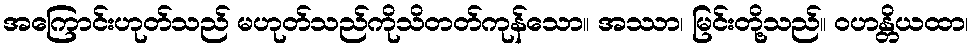
အကြောင်းဟုတ်သည် မဟုတ်သည်ကိုသိတတ်ကုန်သော။ အဿာ၊ မြင်းတို့သည်။ ဝဟန္တိယထာ၊